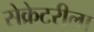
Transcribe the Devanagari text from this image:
सेक्रेटरीला